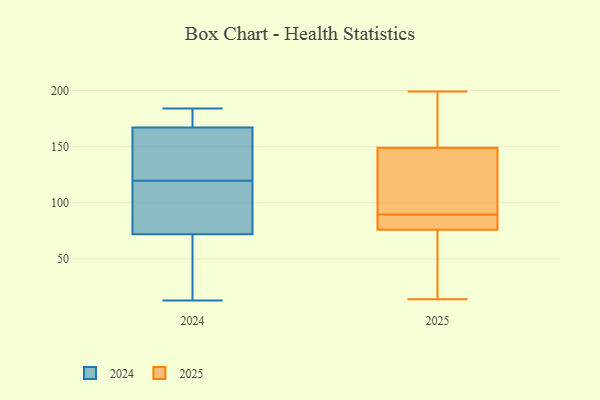
{"axis": {"x": "Conversion Rate (%)", "y": "Value"}, "legend": ["2024", "2025"], "data": [{"x": "", "y": 13, "type": "2024"}, {"x": "", "y": 58, "type": "2024"}, {"x": "", "y": 145, "type": "2024"}, {"x": "", "y": 119, "type": "2024"}, {"x": "", "y": 172, "type": "2024"}, {"x": "", "y": 122, "type": "2024"}, {"x": "", "y": 72, "type": "2024"}, {"x": "", "y": 167, "type": "2024"}, {"x": "", "y": 170, "type": "2024"}, {"x": "", "y": 120, "type": "2024"}, {"x": "", "y": 39, "type": "2024"}, {"x": "", "y": 184, "type": "2024"}, {"x": "", "y": 104, "type": "2024"}, {"x": "", "y": 108, "type": "2024"}, {"x": "", "y": 149, "type": "2025"}, {"x": "", "y": 196, "type": "2025"}, {"x": "", "y": 21, "type": "2025"}, {"x": "", "y": 78, "type": "2025"}, {"x": "", "y": 86, "type": "2025"}, {"x": "", "y": 128, "type": "2025"}, {"x": "", "y": 192, "type": "2025"}, {"x": "", "y": 14, "type": "2025"}, {"x": "", "y": 76, "type": "2025"}, {"x": "", "y": 85, "type": "2025"}, {"x": "", "y": 133, "type": "2025"}, {"x": "", "y": 127, "type": "2025"}, {"x": "", "y": 159, "type": "2025"}, {"x": "", "y": 93, "type": "2025"}, {"x": "", "y": 80, "type": "2025"}, {"x": "", "y": 199, "type": "2025"}, {"x": "", "y": 61, "type": "2025"}, {"x": "", "y": 76, "type": "2025"}]}